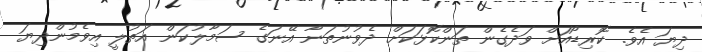
ދިޔަ އެވެ. ކޮރިޑޯއަށް ވަދެގެން ތަންކޮޅަކަށް ދެވުނުތަނާ އޭނަގެ ސަމާލުކަން އަތުލީ އިވެމުންދިޔަ